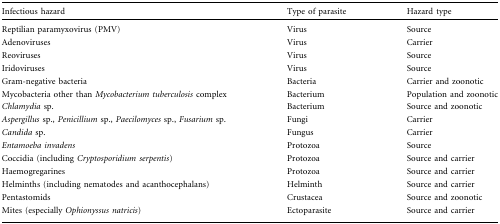
<table><thead><tr><td><b>Infectious hazard</b></td><td><b>Type of parasite</b></td><td><b>Hazard type</b></td></tr></thead><tbody><tr><td>Reptilian paramyxovirus (PMV)</td><td>Virus</td><td>Source</td></tr><tr><td>Adenoviruses</td><td>Virus</td><td>Carrier</td></tr><tr><td>Reoviruses</td><td>Virus</td><td>Source</td></tr><tr><td>Iridoviruses</td><td>Virus</td><td>Source</td></tr><tr><td>Gram-negative bacteria</td><td>Bacteria</td><td>Carrier and zoonotic</td></tr><tr><td>Mycobacteria other than <i>Mycobacterium</i><i>tuberculosis</i> complex</td><td>Bacterium</td><td>Population and zoonotic</td></tr><tr><td><i>Chlamydia</i> sp.</td><td>Bacterium</td><td>Source and zoonotic</td></tr><tr><td><i>Aspergillus</i> sp., <i>Penicillium</i> sp., <i>Paecilomyces</i> sp., <i>Fusarium</i> sp.</td><td>Fungi</td><td>Carrier</td></tr><tr><td><i>Candida</i> sp.</td><td>Fungus</td><td>Carrier</td></tr><tr><td><i>Entamoeba invadens</i></td><td>Protozoa</td><td>Source</td></tr><tr><td>Coccidia (including <i>Cryptosporidium serpentis</i>)</td><td>Protozoa</td><td>Source and carrier</td></tr><tr><td>Haemogregarines</td><td>Protozoa</td><td>Source and carrier</td></tr><tr><td>Helminths (including nematodes and acanthocephalans)</td><td>Helminth</td><td>Source and carrier</td></tr><tr><td>Pentastomids</td><td>Crustacea</td><td>Source and zoonotic</td></tr><tr><td>Mites (especially <i>Ophionyssus natricis</i>)</td><td>Ectoparasite</td><td>Source and carrier</td></tr></tbody></table>